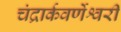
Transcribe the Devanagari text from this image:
चंद्रार्कवर्णेश्वरी